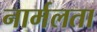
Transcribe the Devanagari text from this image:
नार्मलता